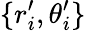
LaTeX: \{ r_{i}^{\prime},\theta_{i}^{\prime}\}